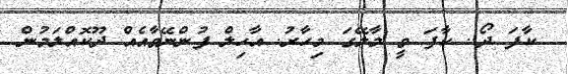
ކާފަ ދޯ.. ކާފަ ވީ މާލޭގަ މިހާރު. އާހިލް ފުންނޭވާއެއް ދޫކޮއްލަމުން